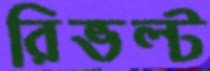
রিভল্ট